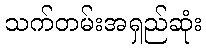
သက်တမ်းအရှည်ဆုံး